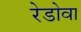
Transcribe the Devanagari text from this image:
रेडोवा